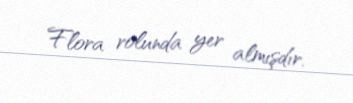
Flora rolunda yer almışdır.